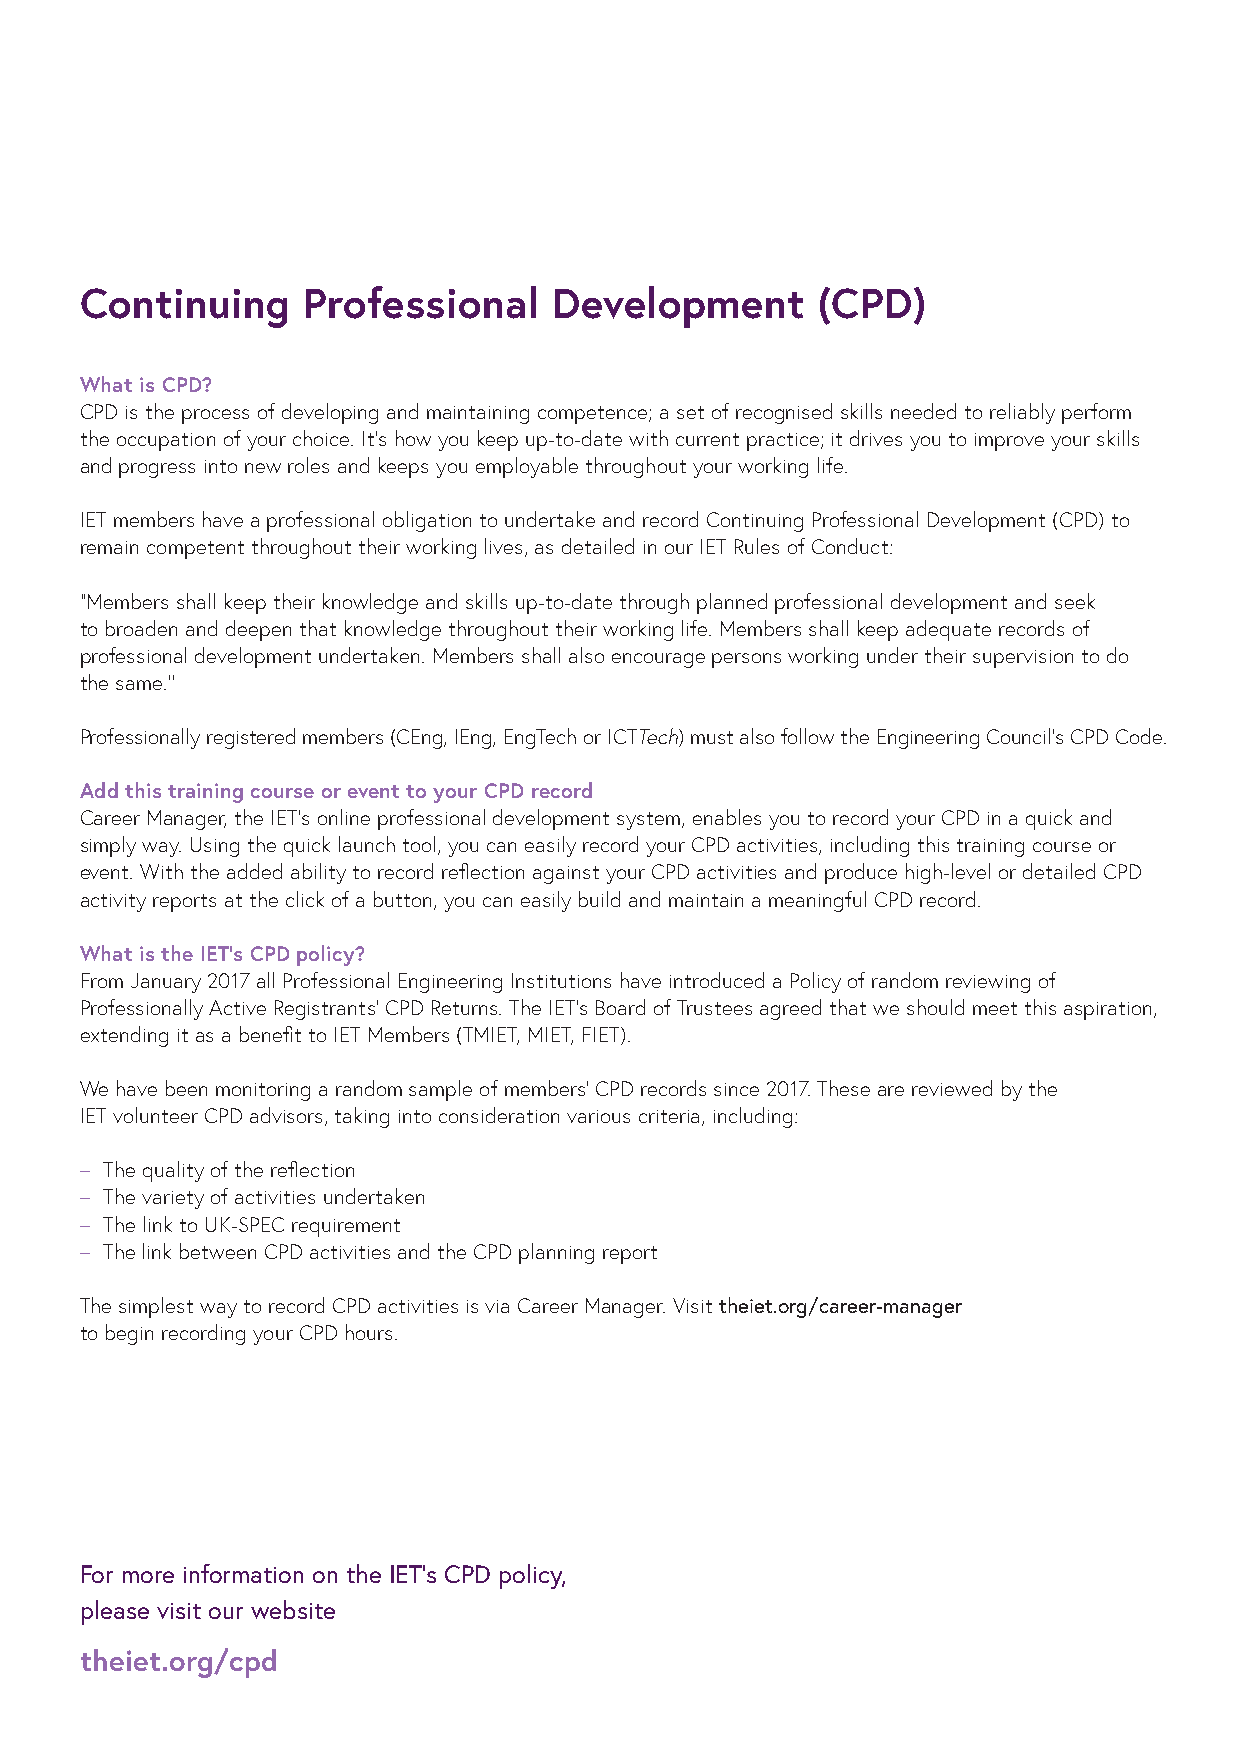
Continuing     Professional     Development      (CPD)
 What is CPD?
 CPD is the process of developing and maintaining competence; a set of recognised skills needed to reliably perform
 the occupation of your choice. It’s how you keep up-to-date with current practice; it drives you to improve your skills
 and progress into new roles and keeps you employable throughout your working life.
 IET members have a professional obligation to undertake and record Continuing Professional Development (CPD) to
 remain competent throughout their working lives, as detailed in our IET Rules of Conduct:
 “Members shall keep their knowledge and skills up-to-date through planned professional development and seek
 to broaden and deepen that knowledge throughout their working life. Members shall keep adequate records of
 professional development undertaken. Members shall also encourage persons working under their supervision to do
 the same.’’
 Professionally registered members (CEng, IEng, EngTech or ICTTech) must also follow the Engineering Council’s CPD Code.
 Add this training course or event to your CPD record
 Career Manager, the IET’s online professional development system, enables you to record your CPD in a quick and
 simply way. Using the quick launch tool, you can easily record your CPD activities, including this training course or
 event. With the added ability to record reflection against your CPD activities and produce high-level or detailed CPD
 activity reports at the click of a button, you can easily build and maintain a meaningful CPD record.
 What is the IET’s CPD policy?
 From January 2017 all Professional Engineering Institutions have introduced a Policy of random reviewing of
 Professionally Active Registrants’ CPD Returns. The IET’s Board of Trustees agreed that we should meet this aspiration,
 extending it as a benefit to IET Members (TMIET, MIET, FIET).
 We have been monitoring a random sample of members’ CPD records since 2017. These are reviewed by the
 IET volunteer CPD advisors, taking into consideration various criteria, including:
 – The quality of the reflection
 – The variety of activities undertaken
 – The link to UK-SPEC requirement
 – The link between CPD activities and the CPD planning report
 The simplest way to record CPD activities is via Career Manager. Visit theiet.org/career-manager
 to begin recording your CPD hours.
 For more information on the IET’s CPD policy,
 please visit our website
 theiet.org/cpd